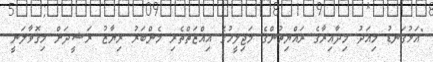
"އަޅުގަނޑު މިއަދު މިދާއިރާގެ ރައްޔިތުންގެ މަޖިލީހުގެ އިއްޒަތްތެރި މެންބަރު ރިޔާޒު ރަޝީދަށް މިގޮވާލަނީ